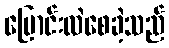
ပြောင်းလဲစေခဲ့သည်